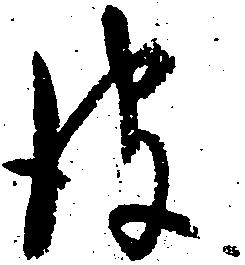
彼